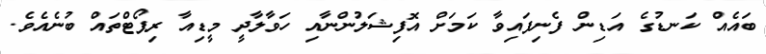
ބައެއް ކަނޑުގެ އަޑިން ފެނިފައިވާ ކަމަށް އޮފިޝަލުންނާއި ހަވާލާދީ މީޑިއާ ރިޕޯޓްތައް ބުނެއެވެ.